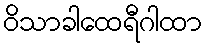
ဝိသာခါထေရီဂါထာ